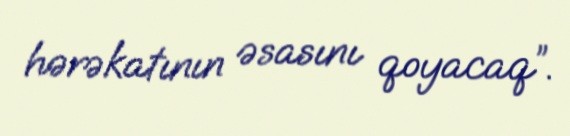
hərəkatının əsasını qoyacaq”.